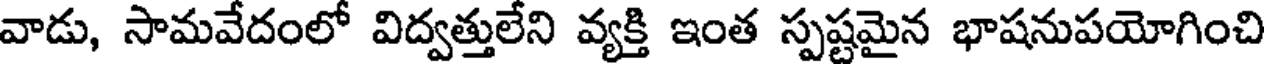
వాడు, సామవేదంలో విద్వత్తులేని వ్యక్తి ఇంత స్పష్టమైన భాషనుపయోగించి